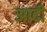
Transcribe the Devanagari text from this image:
अादी